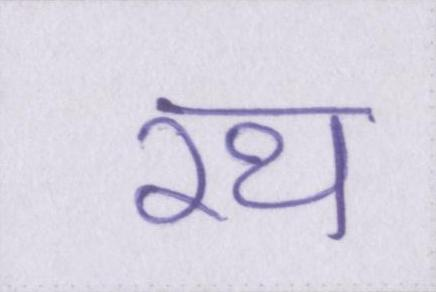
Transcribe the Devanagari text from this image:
रथ